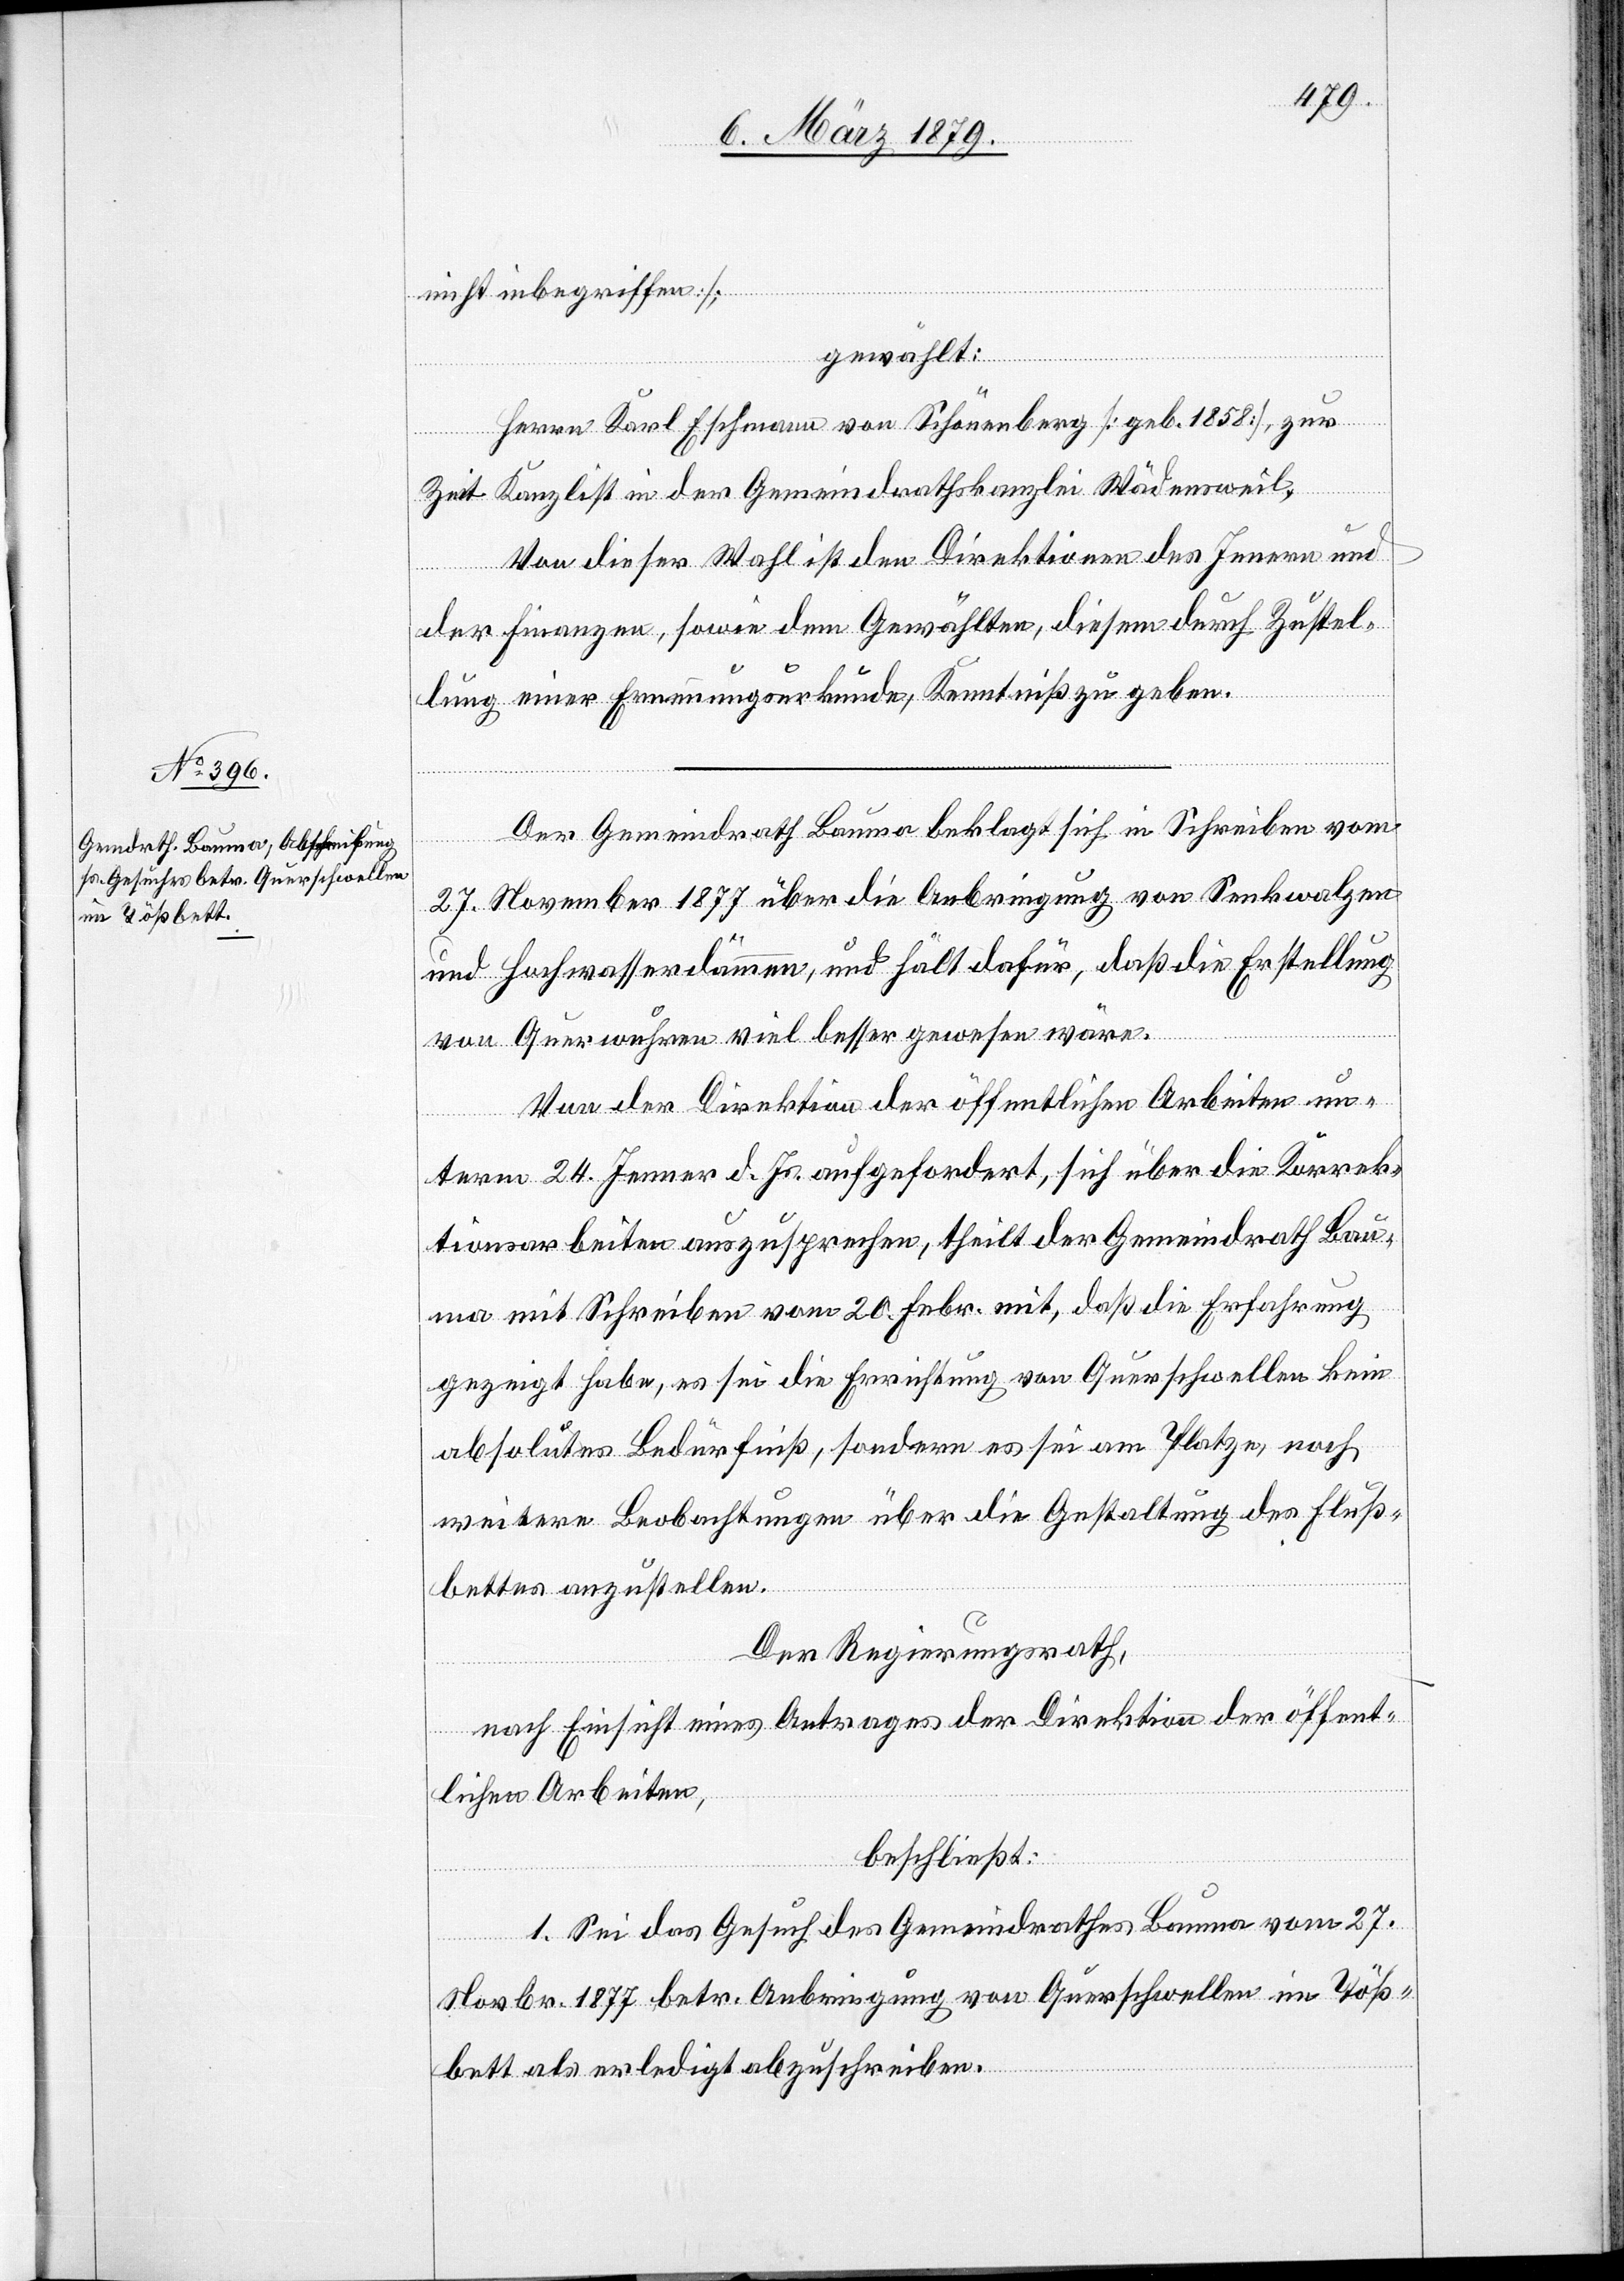
nicht inbegriffen];
gewählt:
Herrn Karl Eschmann von Schönenberg [geb. 1858], zur
Zeit Kanzlist in der Gemeindrathskanzlei Wädensweil.
Von dieser Wahl ist den Direktionen des Innern und
der Finanzen, sowie dem Gewählten, diesem durch Zustel¬
lung einer Ernennungsurkunde, Kenntniß zu geben.
Der Gemeindrath Bauma beklagt sich in Schreiben vom
27. November 1877 über die Anbringung von Senkwalzen
und Hochwasserdämmen, und hält dafür, daß die Erstellung
von Querwuhren viel besser gewesen wäre.
Von der Direktion der öffentlichen Arbeiten un¬
term 24. Jenner d. Js. aufgefordert, sich über die Korrek¬
tionsarbeiten auszusprechen, theilt der Gemeindrath Bau¬
ma mit Schreiben vom 20. Febr. mit, daß die Erfahrung
gezeigt habe, es sei die Errichtung von Querschwellen kein
absolutes Bedürfniß, sondern es sei am Platze, noch
weitere Beobachtungen über die Gestaltung des Fluß¬
bettes anzustellen.
Der Regierungsrath,
nach Einsicht eines Antrages der Direktion der öffent¬
lichen Arbeiten,
beschließt:
1. Sei das Gesuch des Gemeindrathes Bauma vom 27.
Novbr. 1877 betr. Anbringung von Querschwellen im Töß¬
bett als erledigt abzuschreiben.